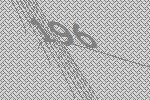
196